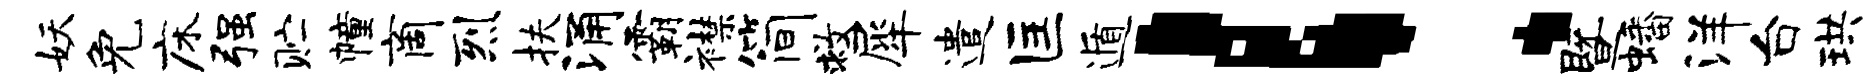
妖免床强贮幢商烈扶涌霸襟简救犀遣匡遁！暨蟠洋台珙